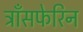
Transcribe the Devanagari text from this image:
ट्राँसफेरिन